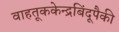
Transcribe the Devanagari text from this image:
वाहतूककेन्द्रबिंदूपैकी